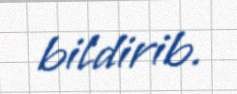
bildirib.